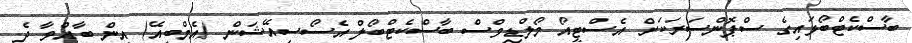
ބާސްކެޓްބޯޅައިގެ ސްޕޮންސަރަކަށް އެސްޓީއޯ މޯލްޑިވްސް ބާސްކެޓްބޯލް އެސޯސިއޭޝަން (އެމްބީއޭ) އިން ބާއްވާ ދެ